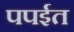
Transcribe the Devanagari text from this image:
पपईत